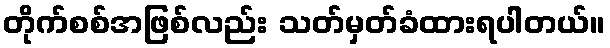
တိုက်စစ်အဖြစ်လည်း သတ်မှတ်ခံထားရပါတယ်။